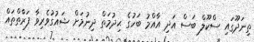
ތިނަދޫގައި ސްކޫލް ބަސް އަދި އާއްމު ބަހުގެ ޙިދުމަތް ދިނުމަށް ޝައުގުވެރިވާ ފަރާތްތައް